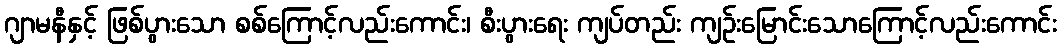
ဂျာမနီနှင့် ဖြစ်ပွားသော စစ်ကြောင့်လည်းကောင်း၊ စီးပွားရေး ကျပ်တည်း ကျဉ်းမြောင်းသောကြောင့်လည်းကောင်း